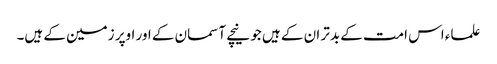
علماء اس امت کے بدتر ان کے ہیں جو نیچے آسمان کے اور اوپر زمین کے ہیں۔